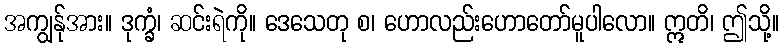
အကျွန်ုအား။ ဒုက္ခံ၊ ဆင်းရဲကို။ ဒေသေတု စ၊ ဟောလည်းဟောတော်မူပါလော။ ဣတိ၊ ဤသို့။